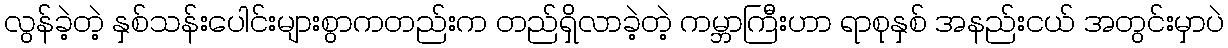
လွန်ခဲ့တဲ့ နှစ်သန်းပေါင်းများစွာကတည်းက တည်ရှိလာခဲ့တဲ့ ကမ္ဘာကြီးဟာ ရာစုနှစ် အနည်းငယ် အတွင်းမှာပဲ